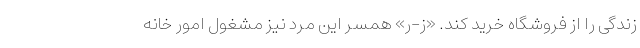
زندگی را از فروشگاه خرید کند. «ز-ر» همسر این مرد نیز مشغول امور خانه